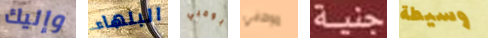
وإليك البلهاء بومبي موظفي جنية وسيطة